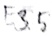
Text: E3.5